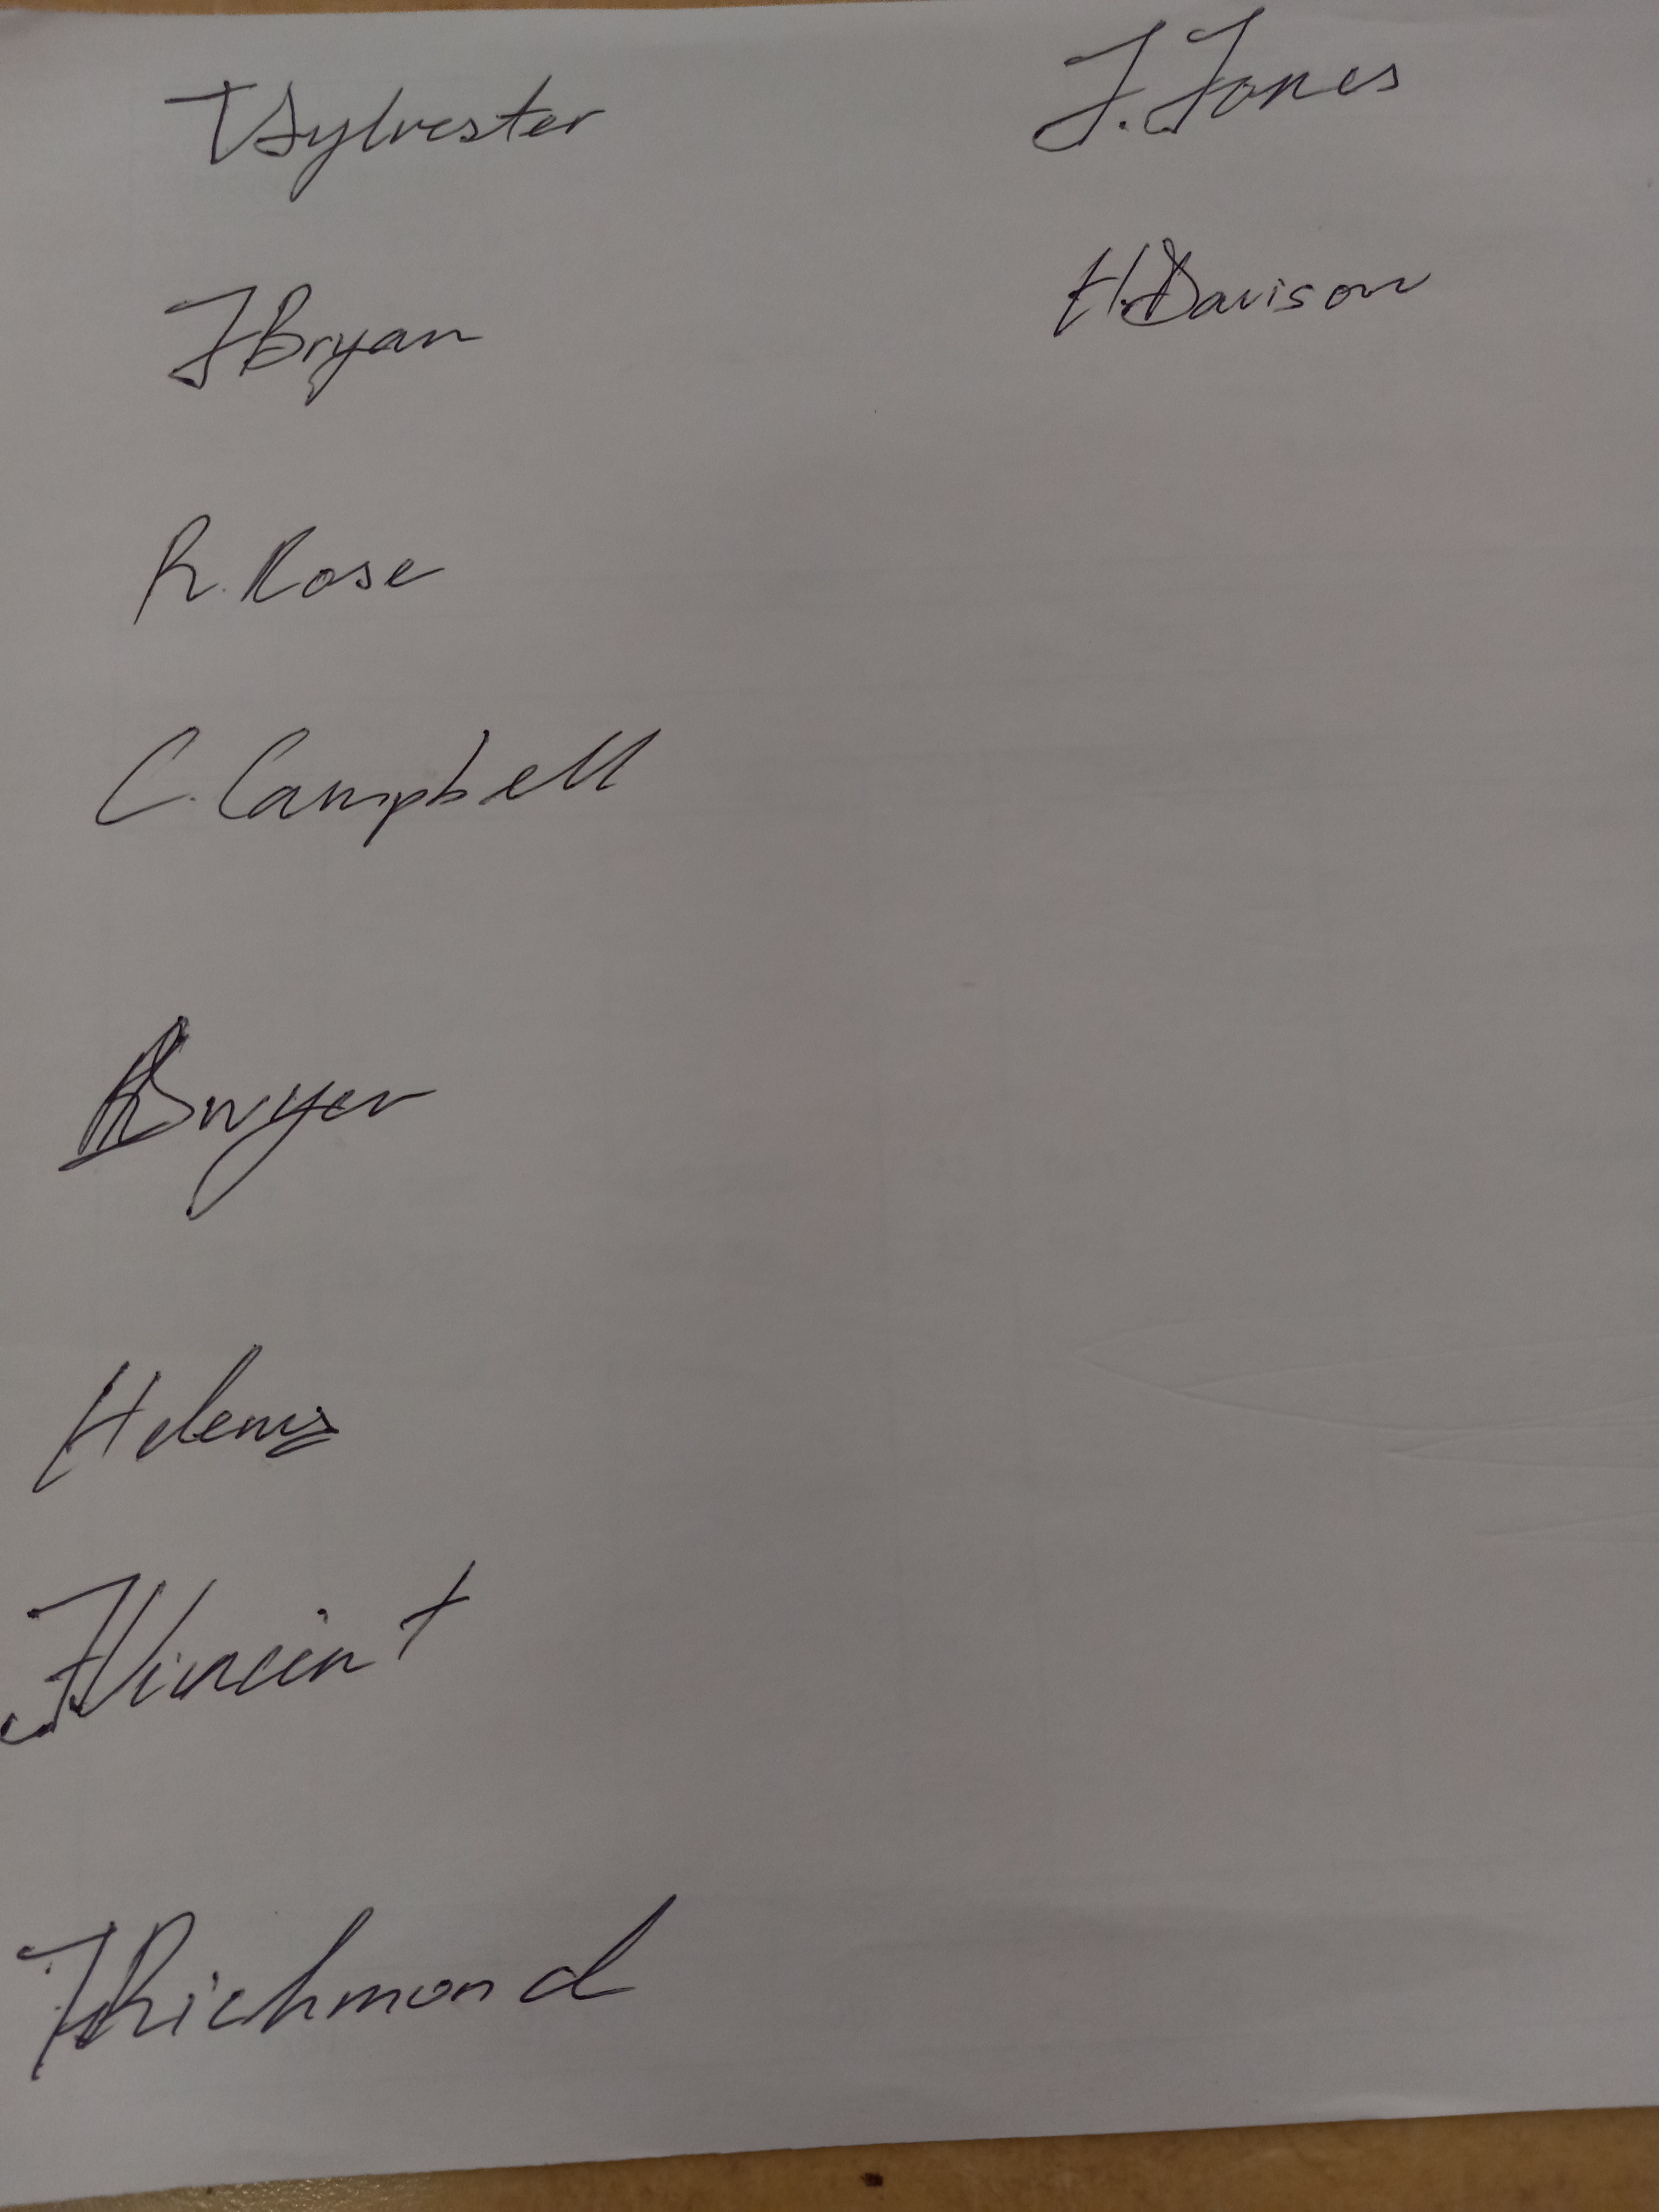
Signature authenticity: genuine